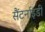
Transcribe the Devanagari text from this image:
सैंटर्नाइडी